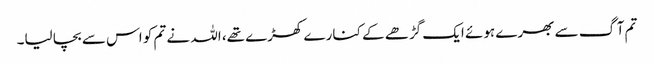
تم آگ سے بھرے ہوئے ایک گڑھے کے کنارے کھڑے تھے، اللہ نے تم کو اس سے بچا لیا۔